Heimtali_vallavalitsus, lk 72
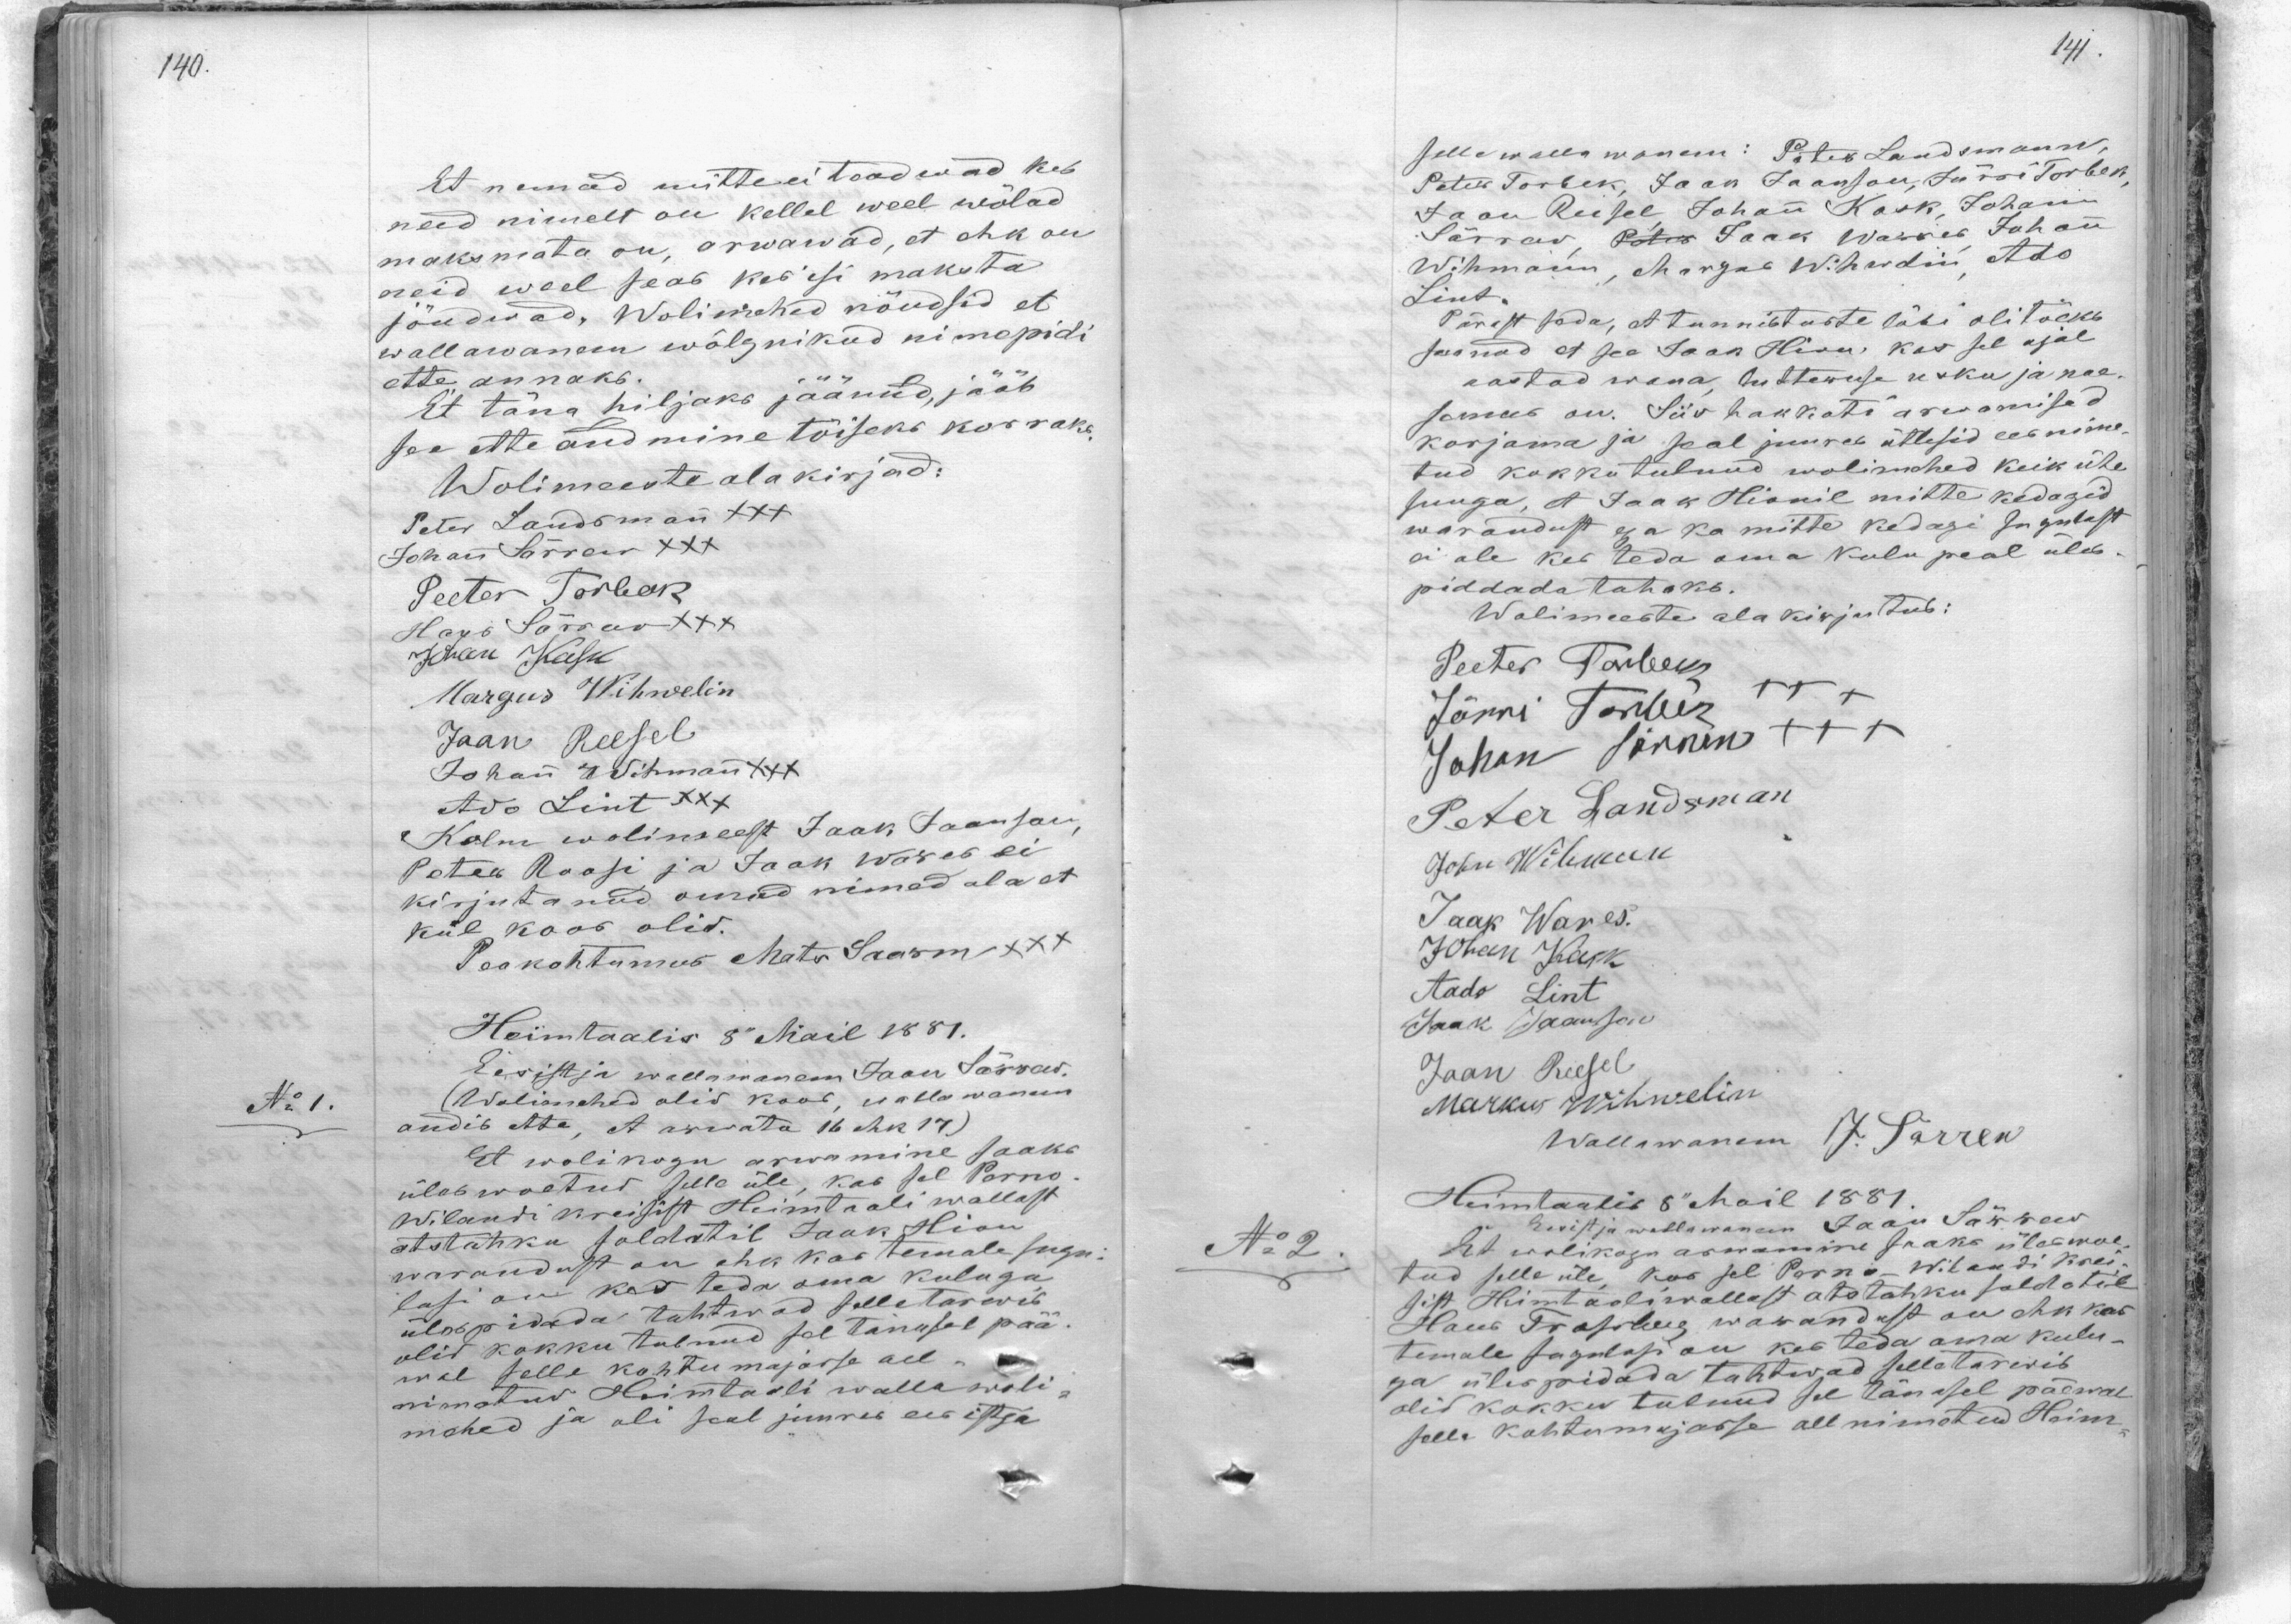
Et nemad mitte ei teadwad kes
need nimelt on kellel weel wõlad
maksmata on, arwawad, et ehk on
neid weel seas kes isi maksta
jõudwad. Wolimehed nõudsid et
wallawanem wõlgnikud nimepidi
ette annaks.
Et täna hiljaks jäänud, jääb
see ette andmine tõiseks korraks
Wolimeeste alakirjad:
Peter Landsman XXX
Johan Särrew XXX
Peeter Torbek
Hans Särrew XXX
Jaan Kask
Margus Wihwelin
Jaan Reesel
Johan Wihmann
Ado Lint XXX
Kolm wolimest Jaak Jaanson,
Peter Roosi ja Jaak Wares ei
kirjutanud omad nimed ala et
kül koos olid.
Peakohtumees Mats Saarm XXX
Heimtaalis 8" Mail 1881.
Eesistja wallawanem Jaan Särrew.
No 1.
Wolimehed olid kood, wallawanem
andib ette, et arwatta 16 ehk 17)
Et wolikogu arwamine saaks
üles waatud selle üle, kas sel Parno
Wilandi kreisist Heimtaali wallast
otstahku soldatil Jaak Hion
warandust on ehk kas temale sugu-
lasi on kes teda oma kuluga
üles pidada tahtwad selle tarwis
olid kokku tulnud sel tänusel pää-
wal selle kohtumajasse all -
nimatud Heimtaali walla woli-
mehed ja oli seal juures ees istja

selle walla wanem: Peter Landsmann
Peter Torbek, Jaan Jaanson, Jürri Torbek
Jaan Reisel, Johan Kask, Johann
Särraw, Peter Jaak Warres, Johan
Wihmann, Margus Wihwdin, Ado
Lint
Pärast seda, et tunnistuste läbi oli tõeks
saanud et see Jaan Hion kes sel ajal
aastad wana lutteruse usku ja naa-
samus on. Siis hakkati arwamised
korjama ja seal juures ütlesid ees nime-
tud kokkutulnud wolimehed keik ühe
suuga, et Jaak Hionil mitte kedagid
warandust ega ka mitte kedagi sugulast
ei ole kes teda oma kulu peal üles-
piddada tahaks.
Wolimeeste ala kirjutus:
Peeter Torbeks
Jürri Torbek XXX
Johan Särrwe XXX
Peter Landsman
John Wihman
Jaak Wares.
Johan Kask
Aado Lint
Jaak Jaanson
Jaan Riesel
Markus Wihwelin
Wallawanem J. Särrew
Heimtaalis 8" Mail 1881.
No 2.
Eesistja wallawanem Jaan Särwer
Et wolikogu arwamine saaks üleswõe-
tud selle üle kas sel Parno Wilandi Krei-
sist Heimtaali wallast ototahku soldatile
Hans Trosibeg warandust on ehk kas
temale sugulasi on kes teda oma kulu-
ga üles pidada tahtwad selle tarwis
olid kokku tulnud sel tänasel päewal
selle kohtumajasse all nimetud Heim-